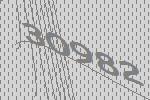
30982